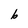
Character: b